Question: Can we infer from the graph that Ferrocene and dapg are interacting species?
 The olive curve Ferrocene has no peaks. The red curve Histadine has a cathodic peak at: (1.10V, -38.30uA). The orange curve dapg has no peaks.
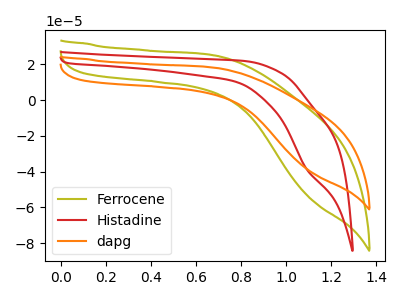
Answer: <think>Neither "Ferrocene" or "dapg" have any peaks.
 </think>
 <answer>No, "Ferrocene" and "dapg" don't appear to be significantly different in shape</answer>
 <eval>no_change</eval>